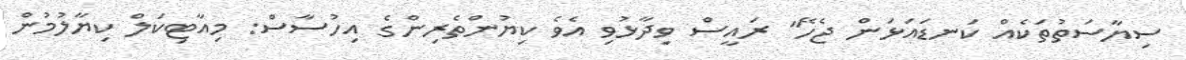
ސިޔާސަތުތަކެއް ކަނޑައަޅަން ޖެހޭ" ރައީސް ވިދާޅުވި އެވެ ކިޔުންތެރިންގެ އިހުސާސް: މިއާޓިކަލް ކިޔާލުމުން